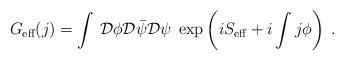
LaTeX: \begin{align*}G_{\mbox{\scriptsize eff}}(j) = \int\,{\cal D}\phi{\cal D}{\bar\psi}{\cal D}\psi \; \exp\left( iS_{\mbox{\scriptsize eff}} +i\int j\phi\right)\;.\end{align*}